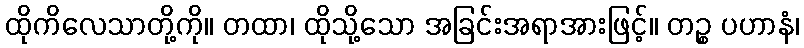
ထိုကိလေသာတို့ကို။ တထာ၊ ထိုသို့သော အခြင်းအရာအားဖြင့်။ တဉ္စ ပဟာနံ၊